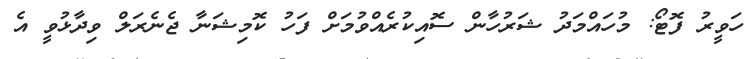
ހަވީރު ފޮޓޯ: މުހައްމަދު ޝަރުހާން ސޮއިކުރެއްވުމަށް ފަހު ކޮމިޝަނާ ޖެނެރަލް ވިދާޅުވީ އެ